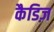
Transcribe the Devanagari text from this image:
कैडिज़